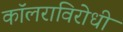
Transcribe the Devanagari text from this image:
कॉलराविरोधी